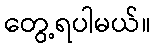
တွေ့ရပါမယ်။